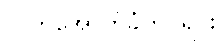
လက်အောက်ခံတပ်ရင်း